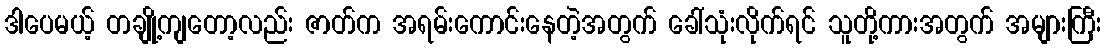
ဒါပေမယ့် တချို့ကျတော့လည်း ဇာတ်က အရမ်းကောင်းနေတဲ့အတွက် ခေါ်သုံးလိုက်ရင် သူတို့ကားအတွက် အများကြီး